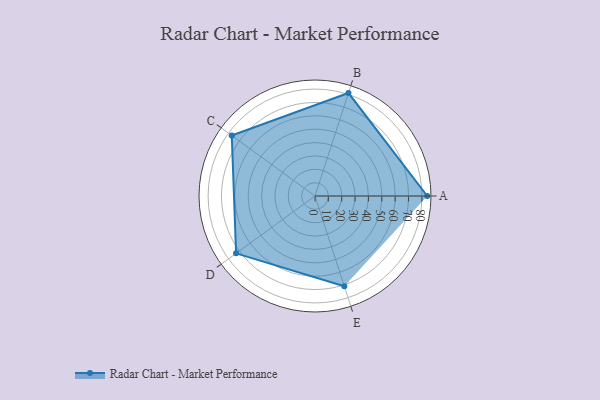
{"axis": {"x": "Skill", "y": "Score"}, "legend": ["Profile"], "data": [{"x": "A", "y": 84.0, "type": "Profile"}, {"x": "B", "y": 81.0, "type": "Profile"}, {"x": "C", "y": 77.0, "type": "Profile"}, {"x": "D", "y": 73.0, "type": "Profile"}, {"x": "E", "y": 71.0, "type": "Profile"}]}